Vaccination in Bombay 1913-1923 - 1913-1923
Year: 1913
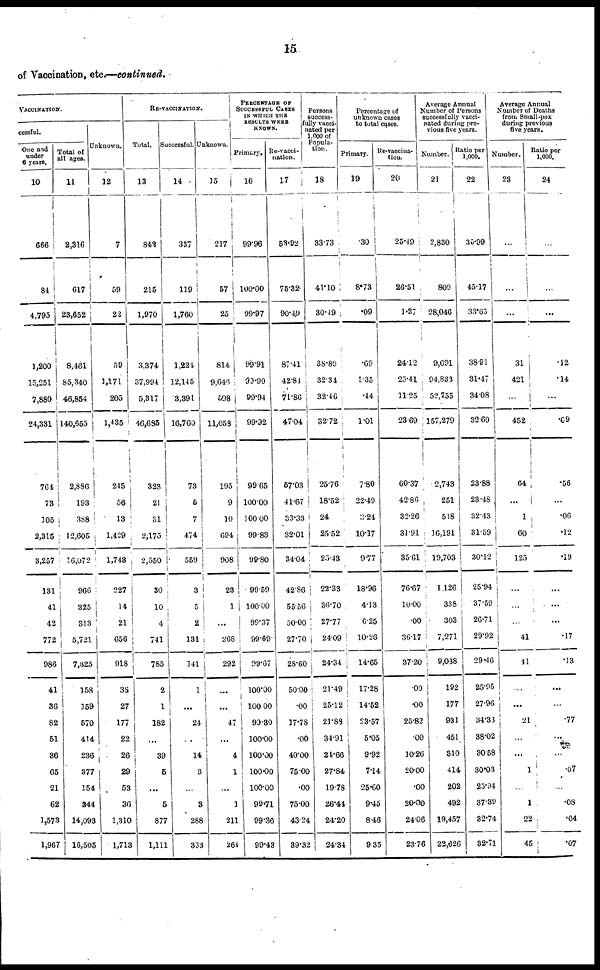
15
of Vaccination, etc.—continued.
VACCINATION.
cessful.
One and.
under
6 years.
10
666
84
4,795
1,200
15,251
7,880
24,331
764
73
105
2,315
3,257
131
41
42
772
986
41
36
82
51
36
65
21
62
1,573
1,967
Total of
all ages.
11
2,316
617
23,652
8,461
85,340
46,854
140,655
2,886
193
388
12,605
16,072
966
325
313
5,721
7,325
158
159
570
414
236
377
154
344
14,093
16,505
Unknown.
12
7
59
22
59
1,171
205
1,435
245
56
13
1,429
1,743
227
14
21
656
918
33
27
177
22
26
29
53
36
1,310
1,713
RE-VACCINATION.
Total.
13
842
215
1,970
3,374
37,994
5,317
46,685
323
21
31
2,175
2,550
30
10
4
741
785
2
1
182
...
39
5
...
5
877
1,111
Successful.
14
337
119
1,760
1,224
12,145
3,391
16,760
73
5
7
474
559
3
5
2
131
141
1
...
24
...
14
3
...
3
288
333
Unknown.
15
217
57
25
814
9,646
598
11,058
195
9
10
694
908
23
1
...
268
292
...
...
47
...
4
1
...
1
211
264
PERCENTAGE OF
SUCCESSFUL CASES
IN WHICH THE
RESULTS WERE
KNOWN.
Primary.
16
99.96
100.00
99.97
99.91
99.90
99.94
99.92
99.65
100.00
100.00
99.83
99.80
99.59
100.00
99.37
99.69
99.67
100.00
100.00
99.30
100.00
100.00
100.00
100.00
99.71
99.36
99.43
Re-vacci-
nation.
17
53.92
75.32
90.49
87.41
42.84
71.86
47.04
57.03
41.67
33.33
32.01
34.04
42.86
55.56
50.00
27.70
28.60
50.00
.00
17.78
.00
40.00
75.00
.00
75.00
43.24
39.32
Persons
success-
fully vacci-
nated per
1,000 of
Popula-
tion.
18
33.73
41.10
30.49
38.89
32.34
32.46
32.72
25.76
18.52
24
25.52
25.43
22.33
36.70
27.77
24.09
24.34
21.49
25.12
21.88
34.91
24.66
27.84
19.78
26.44
24.20
24.34
Percentage of
unknown cases
to total cases.
Primary.
19
.30
8.73
.09
.69
1.35
.44
1.01
7.80
22.49
3.24
10.17
9.77
18.96
4.13
6.25
10.26
14.65
17.28
14.52
23.57
5.05
9.92
7.14
25.60
9.45
8.46
9.35
Re-vaccina-
tion.
20
25.49
26.51
1.27
24.12
25.41
11.25
23.69
60.37
42.86
32.26
31.91
35.61
76.67
10.00
.00
36.17
37.20
.00
.00
25.82
.00
10.26
20.00
.00
20.00
24.06
23.76
Average Annual
Number of Persons
successfully vacci-
nated during pre-
vious five years.
Number.
21
2,830
809
28,046
9,091
94,833
52,755
157,279
2,743
251
518
16,191
19,703
1,126
338
303
7,271
9,038
192
177
931
451
310
414
202
492
19,457
22,626
Ratio per
1,000.
22
35.99
45.17
33.65
38.91
31.47
34.08
32.69
23.88
23.48
32.43
31.59
30.12
25.94
37.59
26.71
29.92
29.46
25.95
27.96
34.33
38.02
30.58
30.03
23.94
37.39
32.74
32.71
Average Annual
Number of Deaths
from Small-pox
during previous
five years.
Number.
23
...
...
...
31
421
...
452
64
...
1
60
125
...
...
...
41
41
...
...
21
...
...
1
...
1
22
45
Ratio per
1,000.
24
...
...
...
.12
.14
...
.69
.56
...
.06
.12
.19
...
...
...
.17
.13
...
...
.77
...
...
.07
...
.08
.04
.07